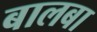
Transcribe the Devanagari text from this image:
बालबा